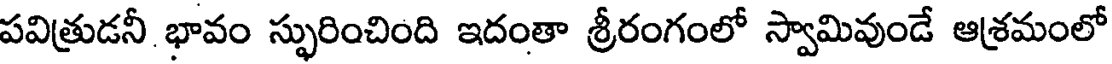
పవిత్రుడనీ భావం స్ఫురించింది ఇదంతా శ్రీరంగంలో స్వామివుండే ఆశ్రమంలో